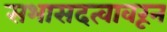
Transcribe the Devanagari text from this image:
सभासदत्वावरून